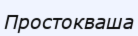
Простокваша